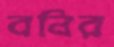
বনির